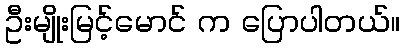
ဦးမျိုးမြင့်မောင် က ပြောပါတယ်။